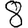
Digit: 8